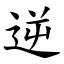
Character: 逆